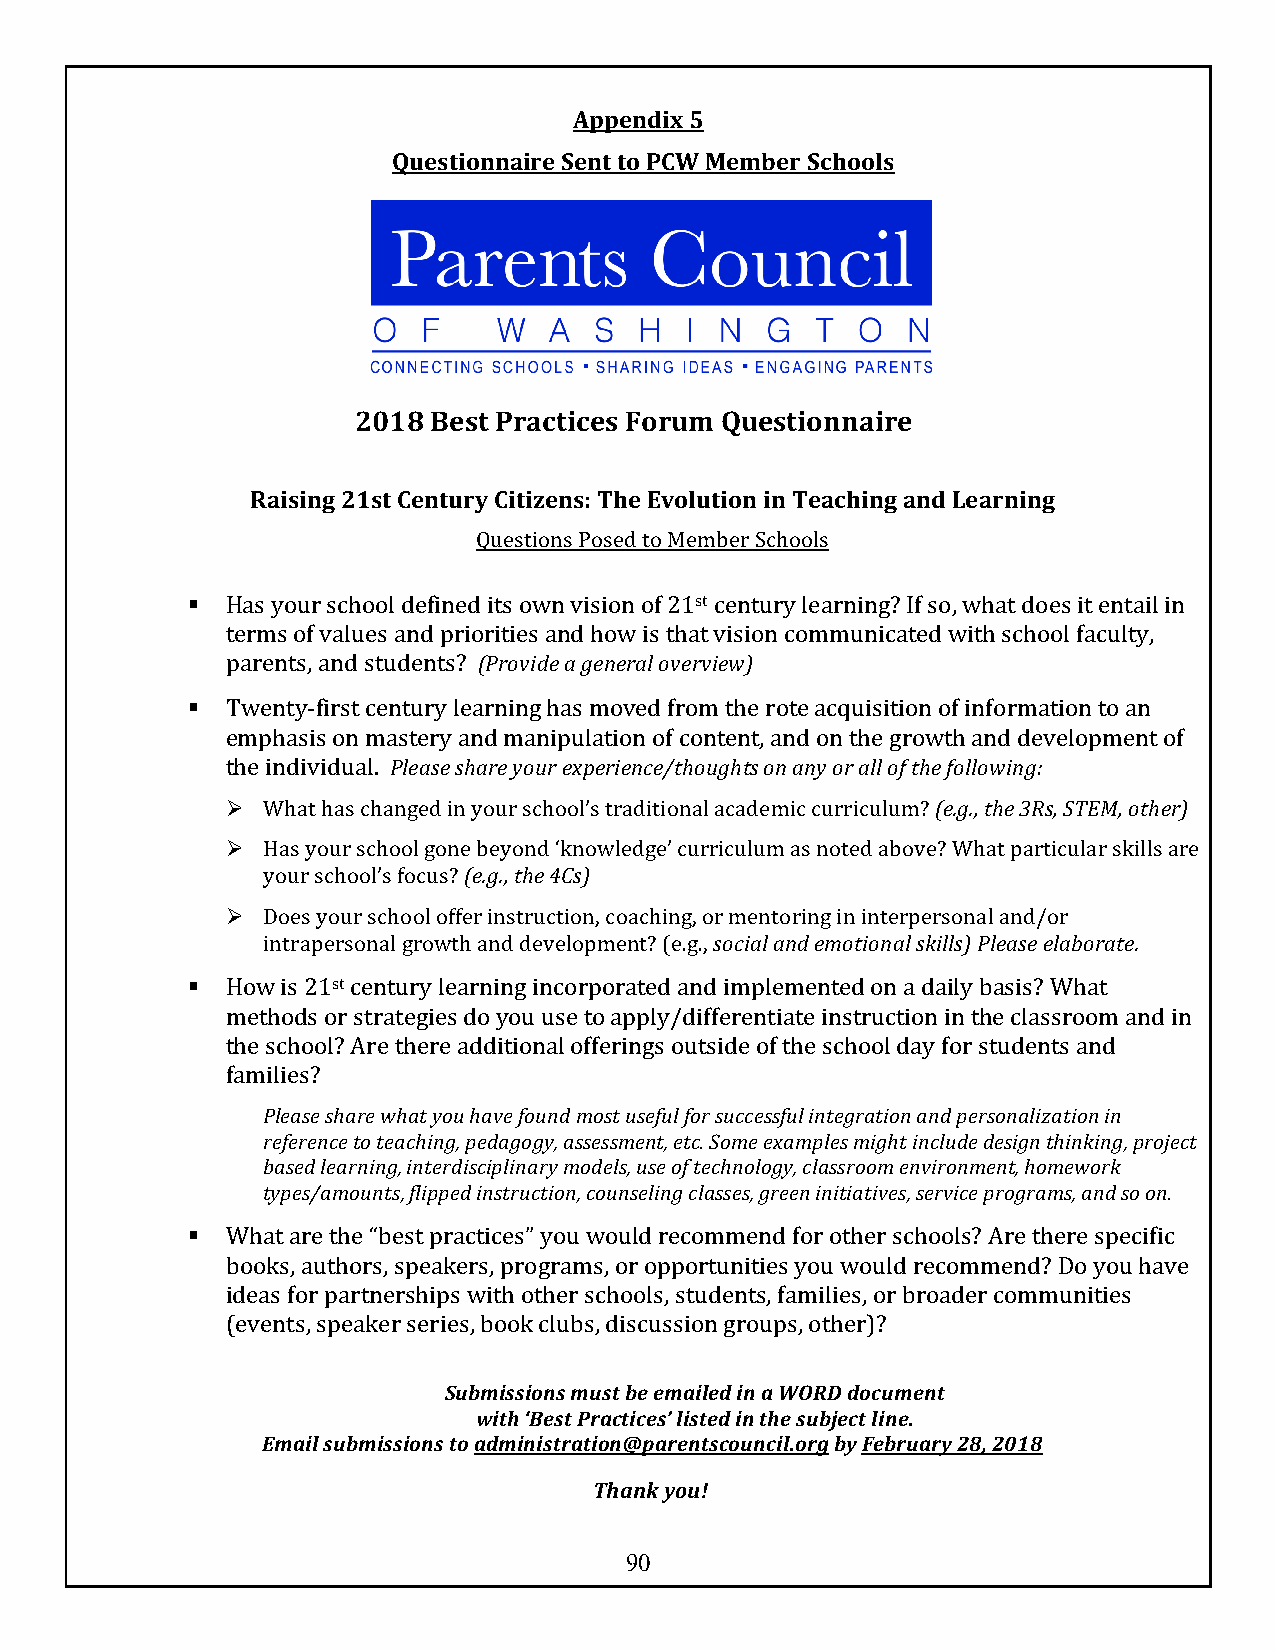
Appendix 5
 Questionnaire Sent to PCW Member Schools
 2018 Best Practices Forum Questionnaire
 Raising 21st Century Citizens: The Evolution in Teaching and Learning
 Questions Posed to Member Schools
 §  Has your school defined its own vision of 21st century learning? If so, what does it entail in
 terms of values and priorities and how is that vision communicated with school faculty,
 parents, and students? (Provide a general overview)
 §  Twenty-first century learning has moved from the rote acquisition of information to an
 emphasis on mastery and manipulation of content, and on the growth and development of
 the individual. Please share your experience/thoughts on any or all of the following:
 Ø What has changed in your school’s traditional academic curriculum? (e.g., the 3Rs, STEM, other)
 Ø Has your school gone beyond ‘knowledge’ curriculum as noted above? What particular skills are
 your school’s focus? (e.g., the 4Cs)
 Ø Does your school offer instruction, coaching, or mentoring in interpersonal and/or
 intrapersonal growth and development? (e.g., social and emotional skills) Please elaborate.
 §  How is 21st century learning incorporated and implemented on a daily basis? What
 methods or strategies do you use to apply/differentiate instruction in the classroom and in
 the school? Are there additional offerings outside of the school day for students and
 families?
 Please share what you have found most useful for successful integration and personalization in
 reference to teaching, pedagogy, assessment, etc. Some examples might include design thinking, project
 based learning, interdisciplinary models, use of technology, classroom environment, homework
 types/amounts, flipped instruction, counseling classes, green initiatives, service programs, and so on.
 §  What are the “best practices” you would recommend for other schools? Are there specific
 books, authors, speakers, programs, or opportunities you would recommend? Do you have
 ideas for partnerships with other schools, students, families, or broader communities
 (events, speaker series, book clubs, discussion groups, other)?
 Submissions must be emailed in a WORD document
 with ‘Best Practices’ listed in the subject line.
 Email submissions to administration@parentscouncil.org by February 28, 2018
 Thank you!
 90